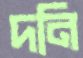
দনি